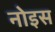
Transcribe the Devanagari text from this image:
नोइस